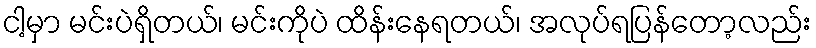
ငါ့မှာ မင်းပဲရှိတယ်၊ မင်းကိုပဲ ထိန်းနေရတယ်၊ အလုပ်ရပြန်တော့လည်း